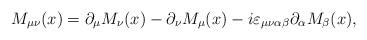
LaTeX: \begin{align*}M_{\mu \nu }(x)=\partial _\mu M_\nu (x)-\partial _\nu M_\mu(x)-i\varepsilon _{\mu \nu \alpha \beta }\partial _\alpha M_\beta(x) ,\end{align*}